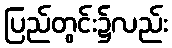
ပြည်တွင်း၌လည်း